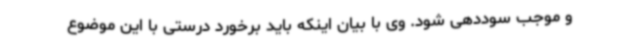
و موجب سوددهی شود. وی با بیان اینکه باید برخورد درستی با این موضوع